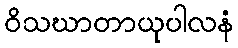
ဝိသဃာတာယုပါလနံ